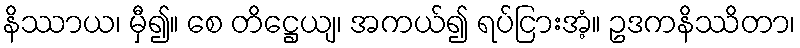
နိဿာယ၊ မှီ၍။ စေ တိဋ္ဌေယျ၊ အကယ်၍ ရပ်ငြားအံ့။ ဥဒကနိဿိတာ၊